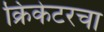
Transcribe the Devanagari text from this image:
क्रिकेटरचा